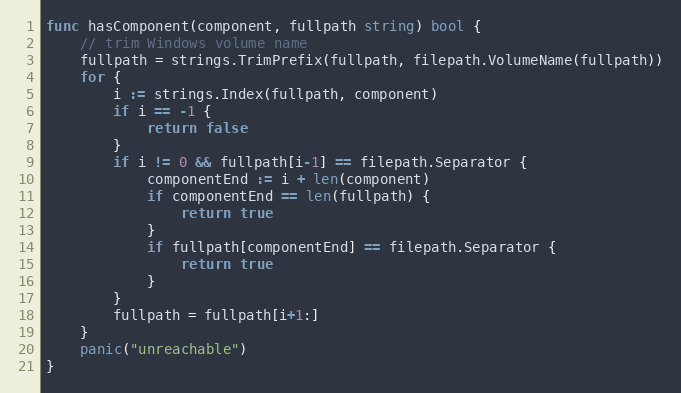
Language: Go
func hasComponent(component, fullpath string) bool {
	// trim Windows volume name
	fullpath = strings.TrimPrefix(fullpath, filepath.VolumeName(fullpath))
	for {
		i := strings.Index(fullpath, component)
		if i == -1 {
			return false
		}
		if i != 0 && fullpath[i-1] == filepath.Separator {
			componentEnd := i + len(component)
			if componentEnd == len(fullpath) {
				return true
			}
			if fullpath[componentEnd] == filepath.Separator {
				return true
			}
		}
		fullpath = fullpath[i+1:]
	}
	panic("unreachable")
}